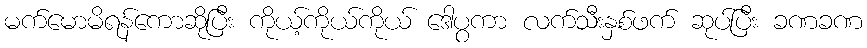
မက်မောမိရန်ကောဆိုပြီး ကိုယ့်ကိုယ်ကိုယ် ဒေါပွကာ လက်သီးနှစ်ဖက် ဆုပ်ပြီး ခဏခဏ